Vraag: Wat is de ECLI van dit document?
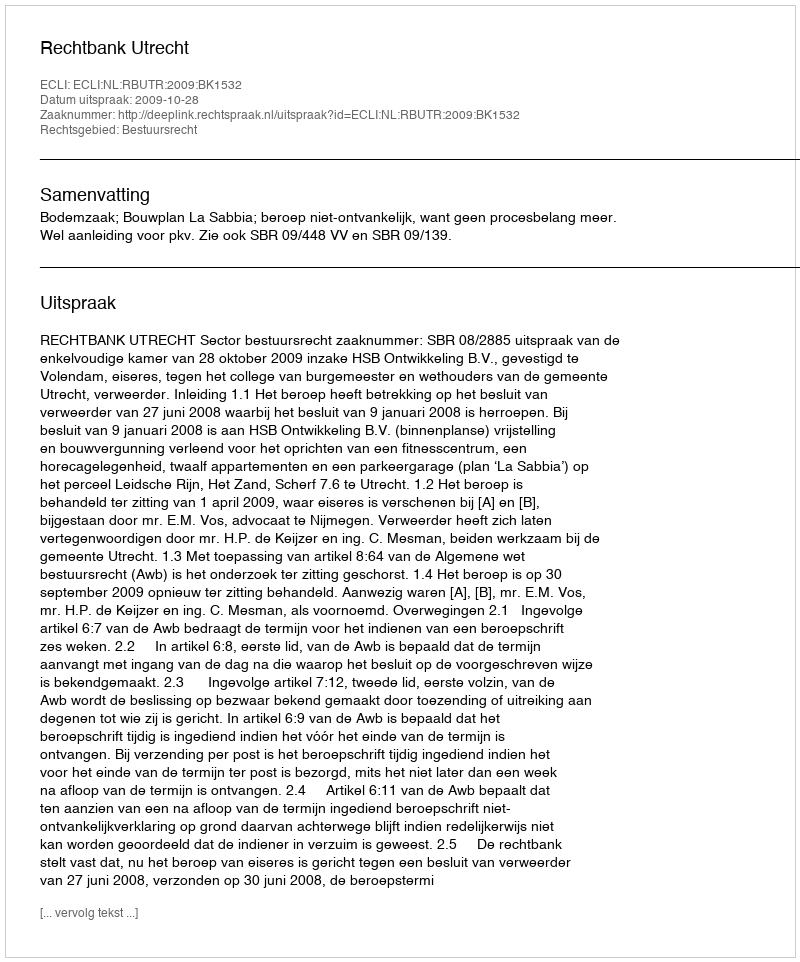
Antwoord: ECLI:NL:RBUTR:2009:BK1532